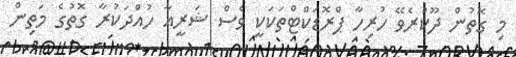
މި ގޮތުން ދޫކުރެވޭ ހުރިހާ ޕްރޮޑަކްޓްތަކަކީ ވެސް ޝަރީއާ ހުއްދަކުރާ ގޮތުގެ މަތިން